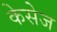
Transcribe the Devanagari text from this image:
केसेज